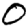
Digit: 0